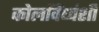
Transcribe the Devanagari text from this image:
कोलविंध्वंशी